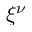
\xi ^ { \nu }